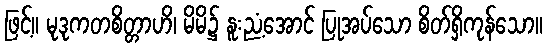
ဖြင့်။ မုဒုကတစိတ္တာဟိ၊ မိမိ၌ နူးညံ့အောင် ပြုအပ်သော စိတ်ရှိကုန်သော။